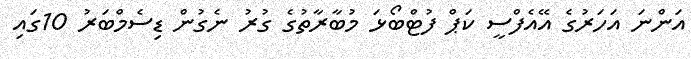
އަންނަ އަހަރުގެ އޭއެފްސީ ކަޕް ފުޓްބޯޅަ މުބާރާތުގެ ގުރު ނެގުން ޑިސެމްބަރު 10ގައި